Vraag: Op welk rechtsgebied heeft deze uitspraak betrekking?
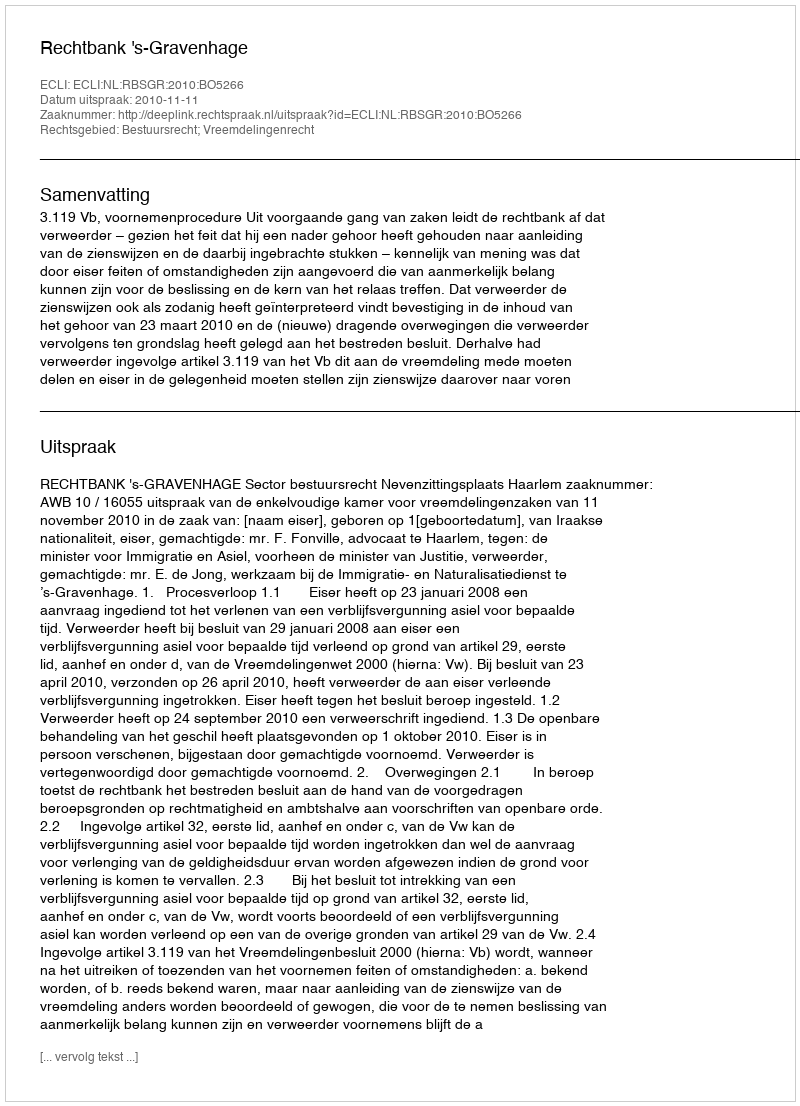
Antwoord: Bestuursrecht; Vreemdelingenrecht